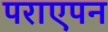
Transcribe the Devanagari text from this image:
पराएपन